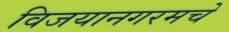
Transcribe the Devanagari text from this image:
विजयानगरमचे